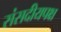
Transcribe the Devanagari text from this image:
संसदीयपक्ष